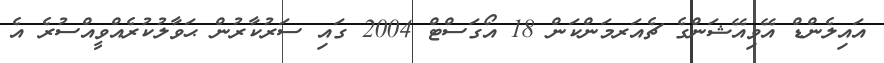
އައިލެންޑް އޭވިއޭޝަންގެ ޗެއަރމަންކަން 18 އޯގަސްޓް 2004 ގައި ސަރުކާރުން ޙަވާލުކުރެއްވީއްސުރެ އެ